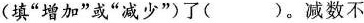
(填”增加”或”减少”)了( )。减数不